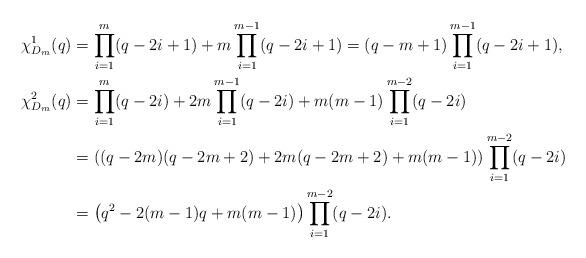
LaTeX: \begin{align*}\chi^1_{D_m}(q)&=\prod_{i=1}^m(q-2i+1)+m\prod_{i=1}^{m-1}(q-2i+1)=(q-m+1)\prod_{i=1}^{m-1}(q-2i+1),\\\chi^2_{D_m}(q)&=\prod_{i=1}^{m}(q-2i)+2m\prod_{i=1}^{m-1}(q-2i)+m(m-1)\prod_{i=1}^{m-2}(q-2i)\\&=\left((q-2m)(q-2m+2)+2m(q-2m+2)+m(m-1)\right)\prod_{i=1}^{m-2}(q-2i)\\&=\left(q^2-2(m-1)q+m(m-1)\right)\prod_{i=1}^{m-2}(q-2i).\end{align*}